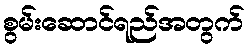
စွမ်းဆောင်ရည်အတွက်